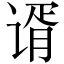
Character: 谞